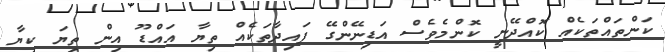
ކަންތައްތަކެއް ކޮއްދޭނީ ކޮންމެވެސް އަޑިނޭންގޭ ފައިދާތަކެއް ތިޔާ އައްޑޫ އިން ތިޔަ ކިޔާ